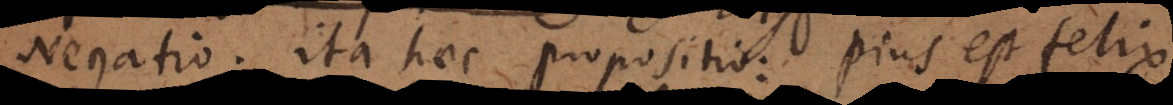
Negatio. Ita haec propositio: pius est felix,